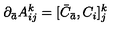
\partial _ { \bar { a } } A _ { i j } ^ { k } = [ { \bar { C } } _ { \bar { a } } , C _ { i } ] _ { j } ^ { k }